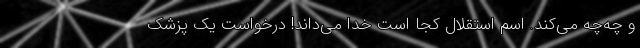
و چه‌چه می‌کند. اسم استقلال کجا است خدا می‌داند! درخواست یک پزشک